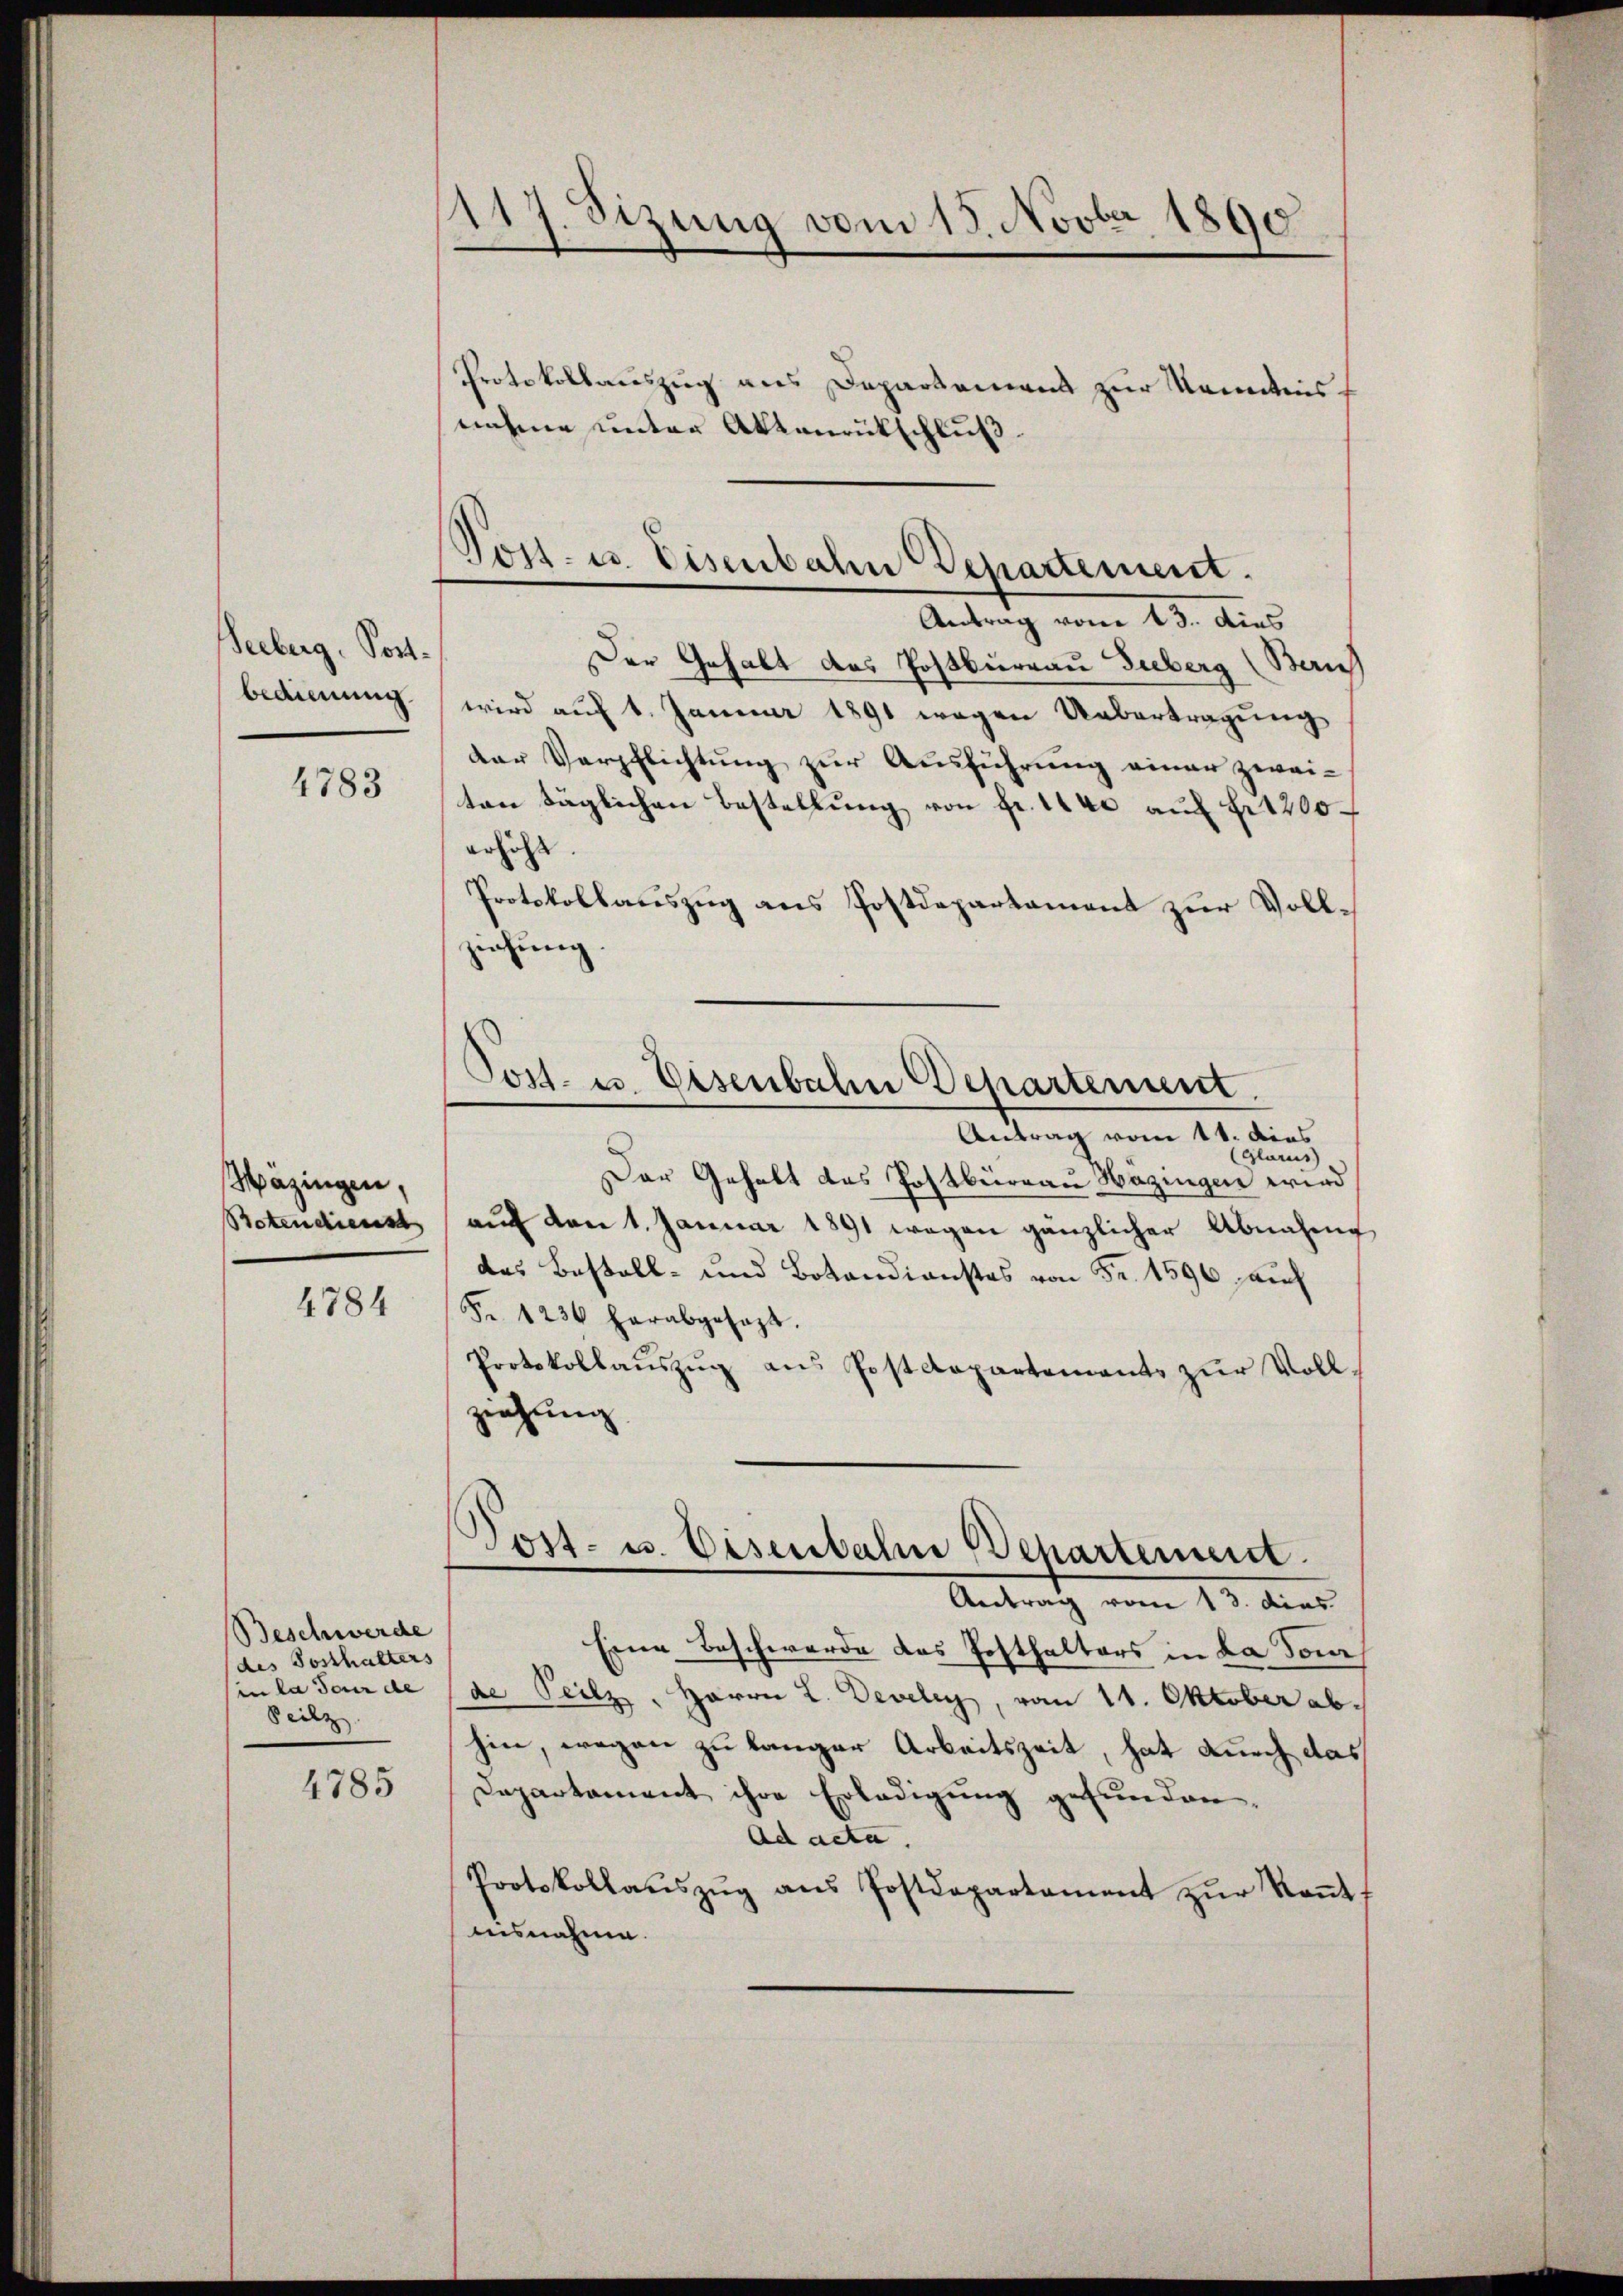
Seeberg, Portbedienung

4783

Mäzingen,
Botendienst
4784

Beschwerde
des Sosthalters
in la jour de
Peilz
4785

117. Stzung vom 18. Novbr. 1890

Protokollauszug aus Departamens zur Kenntnis¬
Der Gehalt des Postbureau Suberg (Zürich
wird auf 1. Januar 1891 wegen Uebertragung
der Verpflichtung zur Ausführung einer zwei-
ton täglichen Bestellung von Fr. 140 auf Fr. 1200
erhöht.
Protokollauszug aus Postdepartament zur Vollziehung.
Antrag vom 11. dies
Glarus)
Der Gehalt das Postbüreau Hazingen wird
aŭf den 1. Januar 1891 wegen gänzlicher Abnahme
das Bestall- und Bokandienstes von Fr. 1596, auch
Fr. 1236 herabgesagt.
Protokollaŭszŭg ans Postdepartement zŭr Voll-
ziehung
Post- u. Eisenbahn Departement.
Antrag vom 13. dies
Eine Beschwerde das Posthalters in da donn
de Teilz, Herrn L. Develey, vom 11. Oktober abhin, wegen zu langer Arbeitszeit, hat durch das
Departement ihre Erledigung gefunden,
Ad acta.
Protokollaŭszŭg ans Postdepartament zŭr Keṅt
nisnahme.

nahme unter Aktenrückschluß.

Post- u. Eisenbahn Departement.
Antrag vom 13. dies

Post. u. Eisenbahn Departement